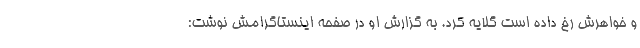
و خواهرش رخ داده است گلایه کرد. به گزارش او در صفحه اینستاگرامش نوشت: